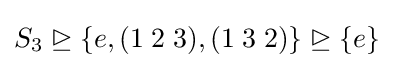
S_{3}\trianglerighteq \{e,(1\;2\;3),(1\;3\;2)\}\trianglerighteq \{e\}